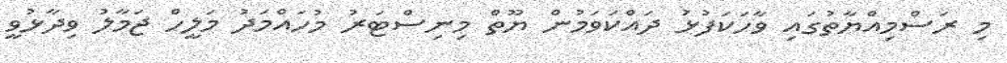
މި ރަސްމިއްޔާތުގައި ވާހަކަފުޅު ދައްކަވަމުން ޔޫތް މިނިސްޓަރު މުހައްމަދު މަލީހް ޖަމާލު ވިދާޅުވީ